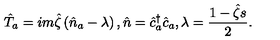
\hat { T } _ { a } = i m \hat { \zeta } \left( \hat { n } _ { a } - \lambda \right) , \hat { n } = \hat { c } _ { a } ^ { \dagger } \hat { c } _ { a } , \lambda = \frac { 1 - \hat { \zeta } s } { 2 } .